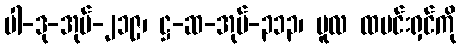
ပါ-ဒု-အုပ်-၂၁၉၊ ဋ္ဌ-ဆ-အုပ်-၃၁၃၊ မူလ ထမင်းရှင်ကို